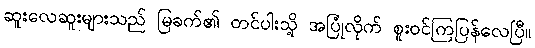
ဆူးလေဆူးများသည် မြခက်၏ တင်ပါးသို့ အပြုံလိုက် စူးဝင်ကြပြန်လေပြီ။